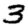
Digit: 3